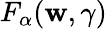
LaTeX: F_{\alpha}(\mathbf{w},\gamma)